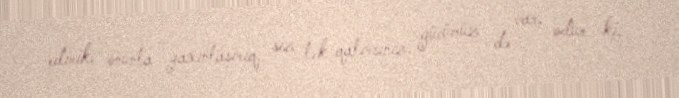
edirik, onunla yaxınlaşırıq, siz tək qalırsınız, gücümüz də var, odur ki,